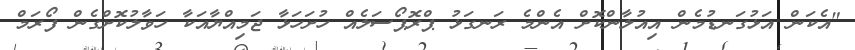
"އެކަން އަޅުގަނޑުމެން އިއުލާންކޮށް އެންމެ ރަނގަޅު ޕްރޮޕޯސަލެއް ހުށަހަޅާ ޖަމިއްޔާއަކާ ހަވާލުކޮށްގެން ފޯރަމް